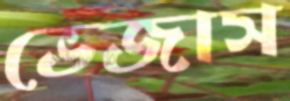
ভেজাস